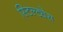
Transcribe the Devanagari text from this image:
स्टिल्ट्येस